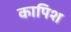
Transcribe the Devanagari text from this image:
कापिश